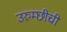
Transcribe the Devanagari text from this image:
उरुम्छीची